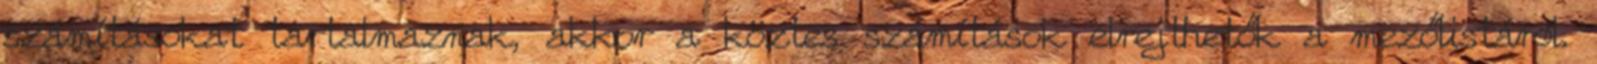
számításokat tartalmaznak, akkor a köztes számítások elrejthetők a mezőlistáról.